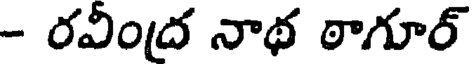
- రవీంద్ర నాథ ఠాగూర్